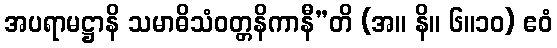
အပရာမဋ္ဌာနိ သမာဓိသံဝတ္တနိကာနီ”တိ (အ။ နိ။ ၆။၁၀) ဧဝံ